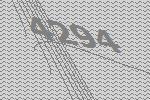
4294